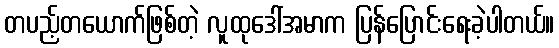
တပည့်တယောက်ဖြစ်တဲ့ လူထုဒေါ်အမာက ပြန်ပြောင်းရေးခဲ့ပါတယ်။